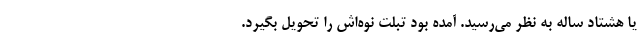
یا هشتاد ساله به نظر می‌رسید. آمده بود تبلت نوه‌اش را تحویل بگیرد.